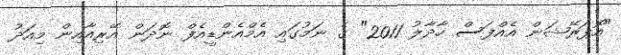
"އޮޕަރޭޝަން އެއްފަސް ހާދާލު 2011" ގެ ނަމުގައި އެމްއެންޑީއެފް ނޮދަން އޭރިއާއިން މިއަދު